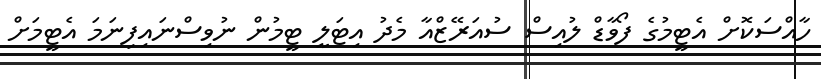
ހާއްސަކޮށް އެޓީމުގެ ފޯވާޑް ލުއިސް ސުއަރޭޒްއާ މެދު އިޓަލީ ޓީމުން ނުވިސްނައިފިނަމަ އެޓީމަށް